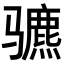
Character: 𬴍